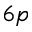
6 p